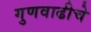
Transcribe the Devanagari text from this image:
गुणवाढीचे